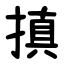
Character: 搷